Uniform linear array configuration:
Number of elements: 32
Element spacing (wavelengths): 0.5
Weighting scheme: hann
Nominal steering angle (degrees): -45
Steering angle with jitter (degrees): -44.029
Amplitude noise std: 0.05
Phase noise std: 0.05

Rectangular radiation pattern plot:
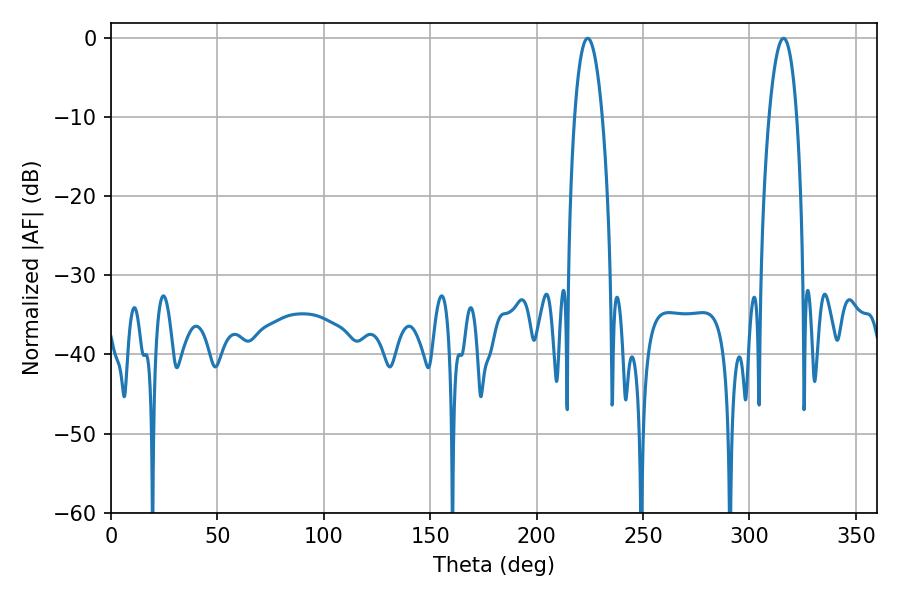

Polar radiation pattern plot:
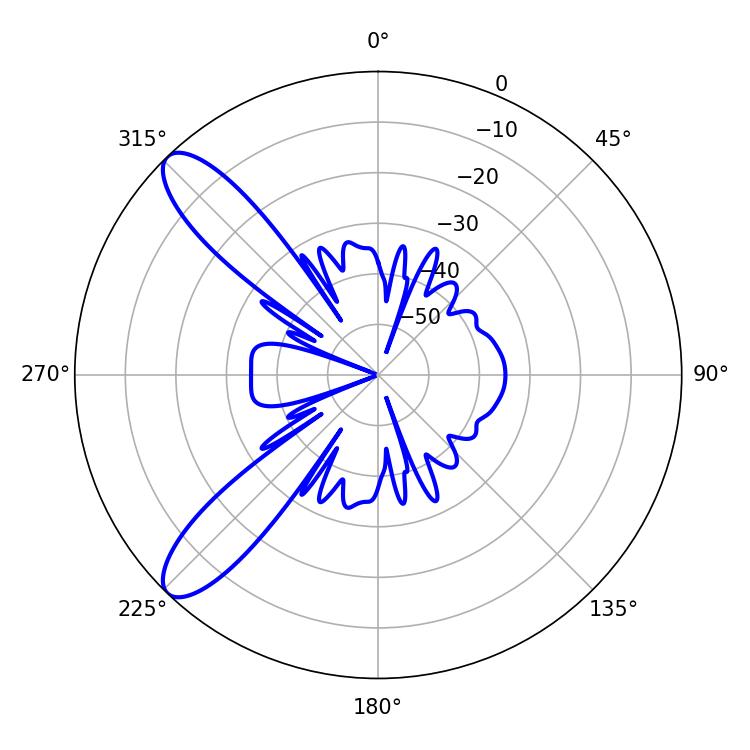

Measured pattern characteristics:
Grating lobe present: FALSE
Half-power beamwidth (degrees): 7.2
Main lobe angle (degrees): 223.92